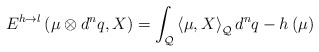
\begin{align*}E^{h\rightarrow l}\left( \mu \otimes d^{n}q,X\right) =\int_{\mathcal{Q}}\left\langle \mu ,X\right\rangle _{\mathcal{Q}}d^{n}q-h\left( \mu\right)\end{align*}